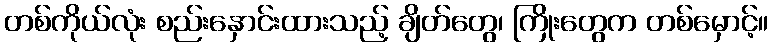
တစ်ကိုယ်လုံး စည်းနှောင်းထားသည့် ချိတ်တွေ၊ ကြိုးတွေက တစ်မှောင့်။